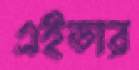
এইডার